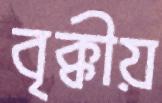
বৃক্কীয়